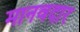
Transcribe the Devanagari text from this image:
मानवदार